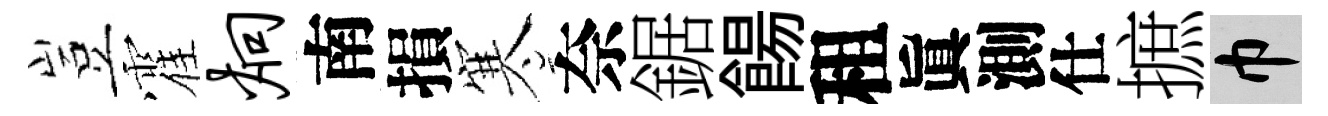
豈霍炯南損寒奈鋸餳租眞測仕摭巾